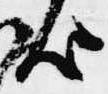
歟